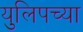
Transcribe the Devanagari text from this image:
युलिपच्या